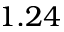
1 . 2 4